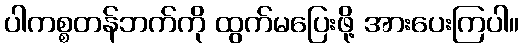
ပါကစ္စတန်ဘက်ကို ထွက်မပြေးဖို့ အားပေးကြပါ။